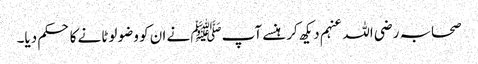
صحابہ رضی اللہ عنہم دیکھ کر ہنسے آپﷺ نے ان کو وضو لوٹانے کا حکم دیا۔